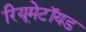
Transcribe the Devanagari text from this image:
रियूमेटॉयड